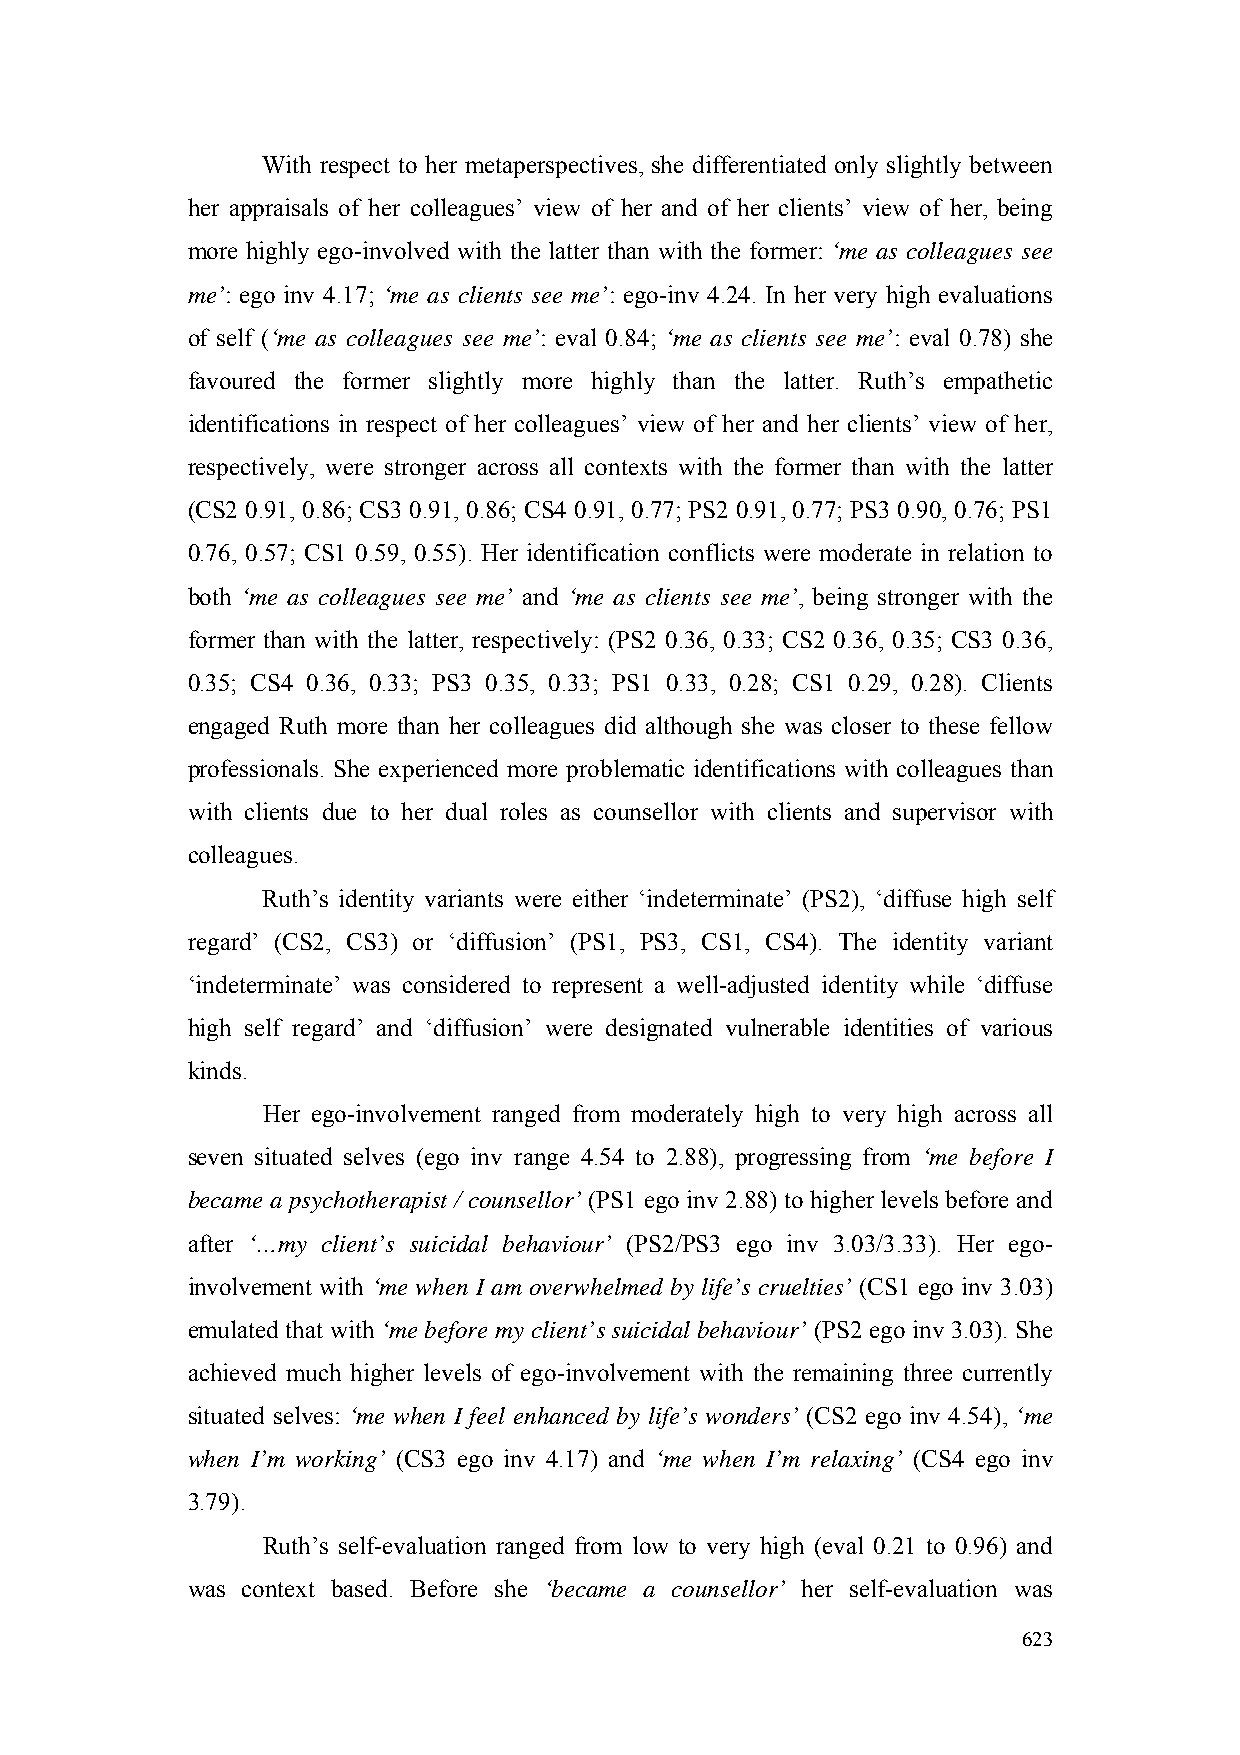
With respect to her metaperspectives, she differentiated only slightly between
 her appraisals of her colleagues’ view of her and of her clients’ view of her, being
 more highly ego-involved with the latter than with the former: ‘me as colleagues see
 me’: ego inv 4.17; ‘me as clients see me’: ego-inv 4.24. In her very high evaluations
 of self (‘me as colleagues see me’: eval 0.84; ‘me as clients see me’: eval 0.78) she
 favoured the former slightly more highly than the latter. Ruth’s empathetic
 identifications in respect of her colleagues’ view of her and her clients’ view of her,
 respectively, were stronger across all contexts with the former than with the latter
 (CS2 0.91, 0.86; CS3 0.91, 0.86; CS4 0.91, 0.77; PS2 0.91, 0.77; PS3 0.90, 0.76; PS1
 0.76, 0.57; CS1 0.59, 0.55). Her identification conflicts were moderate in relation to
 both ‘me as colleagues see me’ and ‘me as clients see me’, being stronger with the
 former than with the latter, respectively: (PS2 0.36, 0.33; CS2 0.36, 0.35; CS3 0.36,
 0.35; CS4 0.36, 0.33; PS3 0.35, 0.33; PS1 0.33, 0.28; CS1 0.29, 0.28). Clients
 engaged Ruth more than her colleagues did although she was closer to these fellow
 professionals. She experienced more problematic identifications with colleagues than
 with clients due to her dual roles as counsellor with clients and supervisor with
 colleagues.
 Ruth’s identity variants were either ‘indeterminate’ (PS2), ‘diffuse high self
 regard’ (CS2, CS3) or ‘diffusion’ (PS1, PS3, CS1, CS4). The identity variant
 ‘indeterminate’ was considered to represent a well-adjusted identity while ‘diffuse
 high self regard’ and ‘diffusion’ were designated vulnerable identities of various
 kinds.
 Her ego-involvement ranged from moderately high to very high across all
 seven situated selves (ego inv range 4.54 to 2.88), progressing from ‘me before I
 became a psychotherapist / counsellor’ (PS1 ego inv 2.88) to higher levels before and
 after ‘…my client’s suicidal behaviour’ (PS2/PS3 ego inv 3.03/3.33). Her ego-
 involvement with ‘me when I am overwhelmed by life’s cruelties’ (CS1 ego inv 3.03)
 emulated that with ‘me before my client’s suicidal behaviour’ (PS2 ego inv 3.03). She
 achieved much higher levels of ego-involvement with the remaining three currently
 situated selves: ‘me when I feel enhanced by life’s wonders’ (CS2 ego inv 4.54), ‘me
 when I’m working’ (CS3 ego inv 4.17) and ‘me when I’m relaxing’ (CS4 ego inv
 3.79).
 Ruth’s self-evaluation ranged from low to very high (eval 0.21 to 0.96) and
 was context based. Before she ‘became a counsellor’ her self-evaluation was
 623